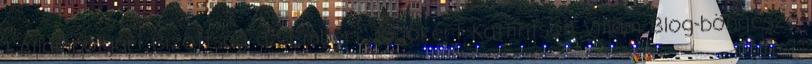
1 Állampolgári Bizottság az Emberi Jogokért Kattintson Villám Blog-böngésző